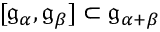
[ { \mathfrak { g } } _ { \alpha } , { \mathfrak { g } } _ { \beta } ] \subset { \mathfrak { g } } _ { \alpha + \beta }